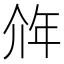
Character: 𰏥